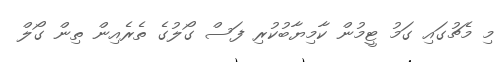
މި މެޗުގައި ގަމު ޓީމުން ކާމިޔާބުކުރި ފަސް ގޯލުގެ ތެރެއިން ތިން ގޯލް